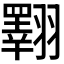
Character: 𦒡